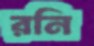
রনি